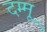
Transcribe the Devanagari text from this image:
दम्मू